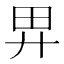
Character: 𢌿